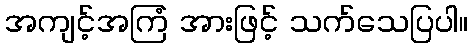
အကျင့်အကြံ အားဖြင့် သက်သေပြပါ။